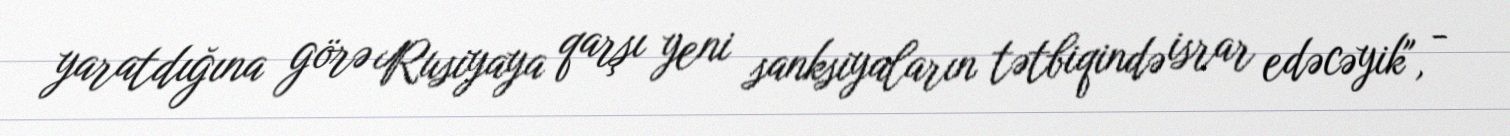
yaratdığına görə Rusiyaya qarşı yeni sanksiyaların tətbiqində israr edəcəyik", -